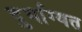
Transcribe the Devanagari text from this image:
दुर्भाग्यत